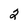
Character: 2